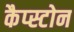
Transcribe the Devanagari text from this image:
कैप्स्टोन